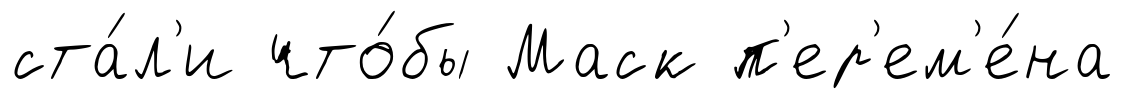
ста́л'и что́бы Маск п'ер'ем'е́на